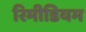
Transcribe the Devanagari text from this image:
रिमीडियम